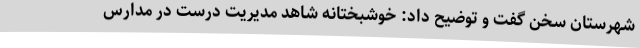
شهرستان سخن گفت و توضیح داد: خوشبختانه شاهد مدیریت درست در مدارس